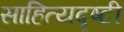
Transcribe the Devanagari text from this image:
साहित्यदृष्टी